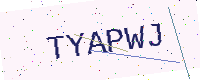
Text: TYAPWJ